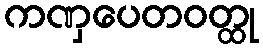
ကဏှပေတဝတ္ထု